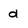
Character: d